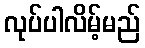
လုပ်ပါလိမ့်မည်